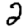
Digit: 2